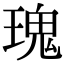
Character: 瑰